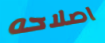
اصلاحه